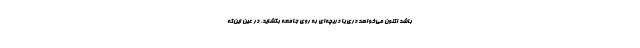
باشد اکنون می‌خواهد دری یا دریچه‌ای به روی جامعه بگشاید. در عین این‌که